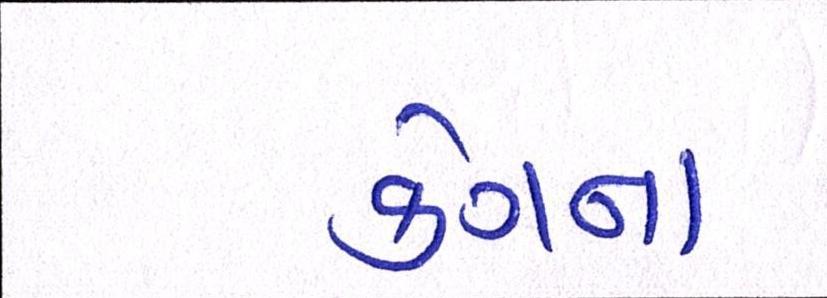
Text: કેગના